Madras plague regulations and rules for district municipalities and other towns and villages
Disease focus: Plague
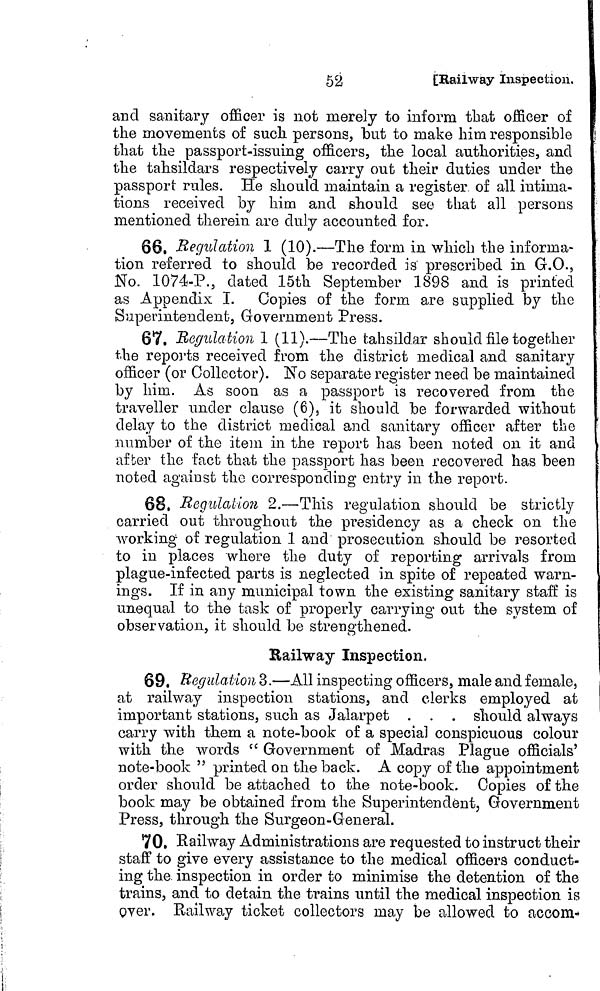
52
[Railway Inspection.
and sanitary officer is not merely to inform that officer of
the movements of such, persons, but to make him responsible
that the passport-issuing officers, the local authorities, and
the tahsildars respectively carry out their duties under the
passport rules. He should maintain a register of all intima-
tions received by him and should see that all persons
mentioned therein are duly accounted for.
66. Regulation 1 (10).—The form in which the informa-
tion referred to should be recorded is prescribed in G.O.,
No. 1074-P., dated 15th September 1898 and is printed
as Appendix I. Copies of the form are supplied by the
Superintendent, Government Press.
67. Regulation 1 (11).—The tahsildar should file together
the reports received from the district medical and sanitary
officer (or Collector). No separate register need be maintained
by him. As soon as a passport is recovered from the
traveller under clause (6), it should be forwarded without
delay to the district medical and sanitary officer after the
number of the item in the report has been noted on it and
after the fact that the passport has been recovered has been
noted against the corresponding entry in the report.
68. Regulation 2.—This regulation should be strictly
carried out throughout the presidency as a check on the
Avorking of regulation 1 and prosecution should be resorted
to in places where the duty of reporting arrivals from
plague-infected parts is neglected in spite of repeated warn-
ings. If in any municipal town the existing sanitary staff is
unequal to the task of properly carrying out the system, of
observation, it should be strengthened.
Railway Inspection.
69. Regulation 3.—All inspecting officers, male and female,
at railway inspection stations, and clerks employed at
important stations, such as Jalarpet . . . should always
carry with them a note-book of a special conspicuous colour
with the words " Government of Madras Plague officials'
note-book " printed on the back. A copy of the appointment
order should be attached to the note-book. Copies of the
book may be obtained from the Superintendent, Government
Press, through the Surgeon-General.
70. Railway Administrations are requested to instruct their
staff to give every assistance to the medical officers conduct-
ing the. inspection in order to minimise the detention of the
trains, and to detain the trains until the medical inspection is
over. Railway ticket collectors may be allowed to accom-